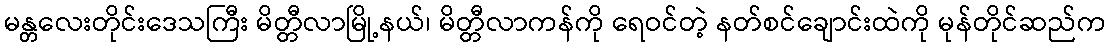
မန္တလေးတိုင်းဒေသကြီး မိတ္တီလာမြို့နယ်၊ မိတ္တီလာကန်ကို ရေဝင်တဲ့ နတ်စင်ချောင်းထဲကို မုန်တိုင်ဆည်က